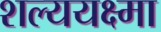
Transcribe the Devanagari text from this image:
शल्ययक्ष्मा